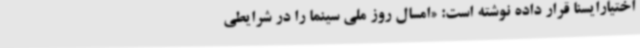
اختیارایسنا قرار داده نوشته است: «امسال روز ملی سینما را در شرایطی